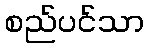
စည်ပင်သာ